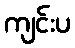
ကျင်းပ